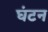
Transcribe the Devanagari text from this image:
घंटन